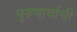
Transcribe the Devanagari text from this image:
पुरूषार्थाची